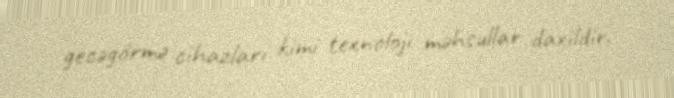
gecəgörmə cihazları kimi texnoloji məhsullar daxildir.